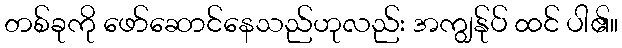
တစ်ခုကို ဖော်ဆောင်နေသည်ဟုလည်း အကျွန်ုပ် ထင် ပါ၏။